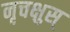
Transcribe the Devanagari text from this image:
नृचक्षुस्